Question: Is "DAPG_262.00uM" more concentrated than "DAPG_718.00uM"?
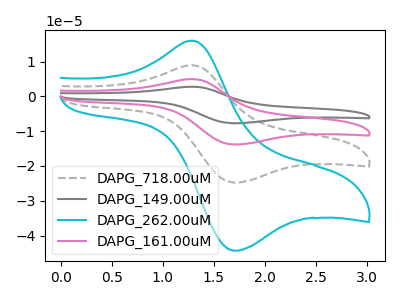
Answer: <think>The gray dashed curve "DAPG_718.00uM" has an anodic peak at (1.30V, 8.95uA) and a cathodic peak at (1.75V, -24.75uA). The gray curve "DAPG_149.00uM" has an anodic peak at (1.30V, 26.85uA) and a cathodic peak at (1.75V, -74.20uA). The cyan curve "DAPG_262.00uM" has an anodic peak at (1.30V, 16.05uA) and a cathodic peak at (1.75V, -44.30uA). The pink curve "DAPG_161.00uM" has an anodic peak at (1.30V, 17.90uA) and a cathodic peak at (1.75V, -49.50uA).
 All the peaks in "DAPG_262.00uM" have a peak in "DAPG_718.00uM" at the same potential. Every peak in "DAPG_262.00uM" is higher than every peak in "DAPG_718.00uM".</think>
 <answer>"DAPG_262.00uM" has more signal than "DAPG_718.00uM" and so likely has a higher concentration.</answer>
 <eval>more_concentration</eval>